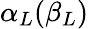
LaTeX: \alpha_{L}(\beta_{L})